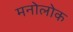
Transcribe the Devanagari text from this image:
मनोलोक